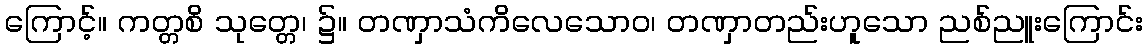
ကြောင့်။ ကတ္တစိ သုတ္တေ၊ ၌။ တဏှာသံကိလေသောဝ၊ တဏှာတည်းဟူသော ညစ်ညူးကြောင်း